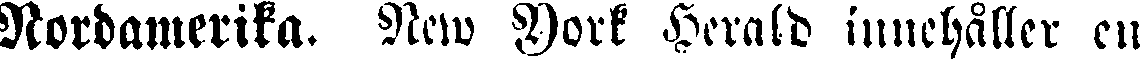
Nordamerika. New York Herald innehåller en